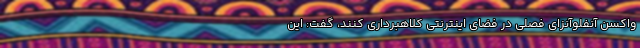
واکسن آنفلوآنزای فصلی در فضای اینترنتی کلاهبرداری کنند، گفت: این